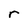
Character: r